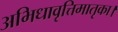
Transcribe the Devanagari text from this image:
अभिधावृत्तिमातृका।